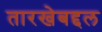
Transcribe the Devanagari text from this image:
तारखेबद्दल